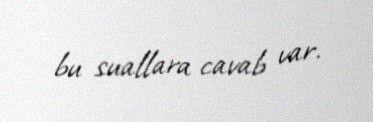
bu suallara cavab var.